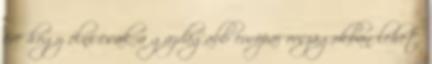
éve hogy élni csak a gazdagabb európai országokban lehet.